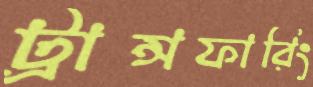
ট্রান্সফারিং